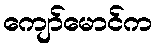
ကျော်မောင်က